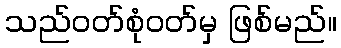
သည်ဝတ်စုံဝတ်မှ ဖြစ်မည်။